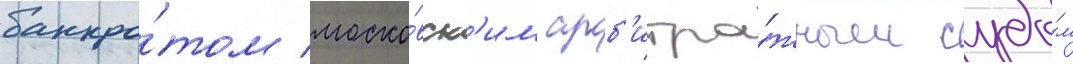
банкро́том моско́вск'им арб'итра́жным судо́м